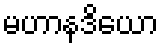
မဟာနဒိယော